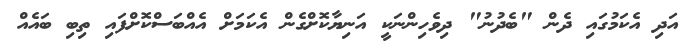
އަދި އެކަމުގައި ދެން "ބެދުނު" ދިވެހިންނަކީ އަނިޔާކޮށްގެން އެކަމަށް އެއްބަސްކޮށްފައި ތިބި ބައެއް